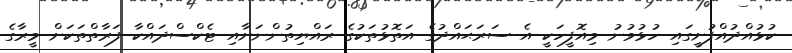
ކުޅުއްދުއްފުށީގައި ހުޅުވުނު މިއޮފީހަކީ އެ ސަރަޙައްދުގެ އަތޮޅުތަކުގެ ރައްޔިތުންނަށާއި ޓެކްސްދައްކާ ފަރާތްތަކަށް މީރާގެ